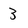
Character: 3